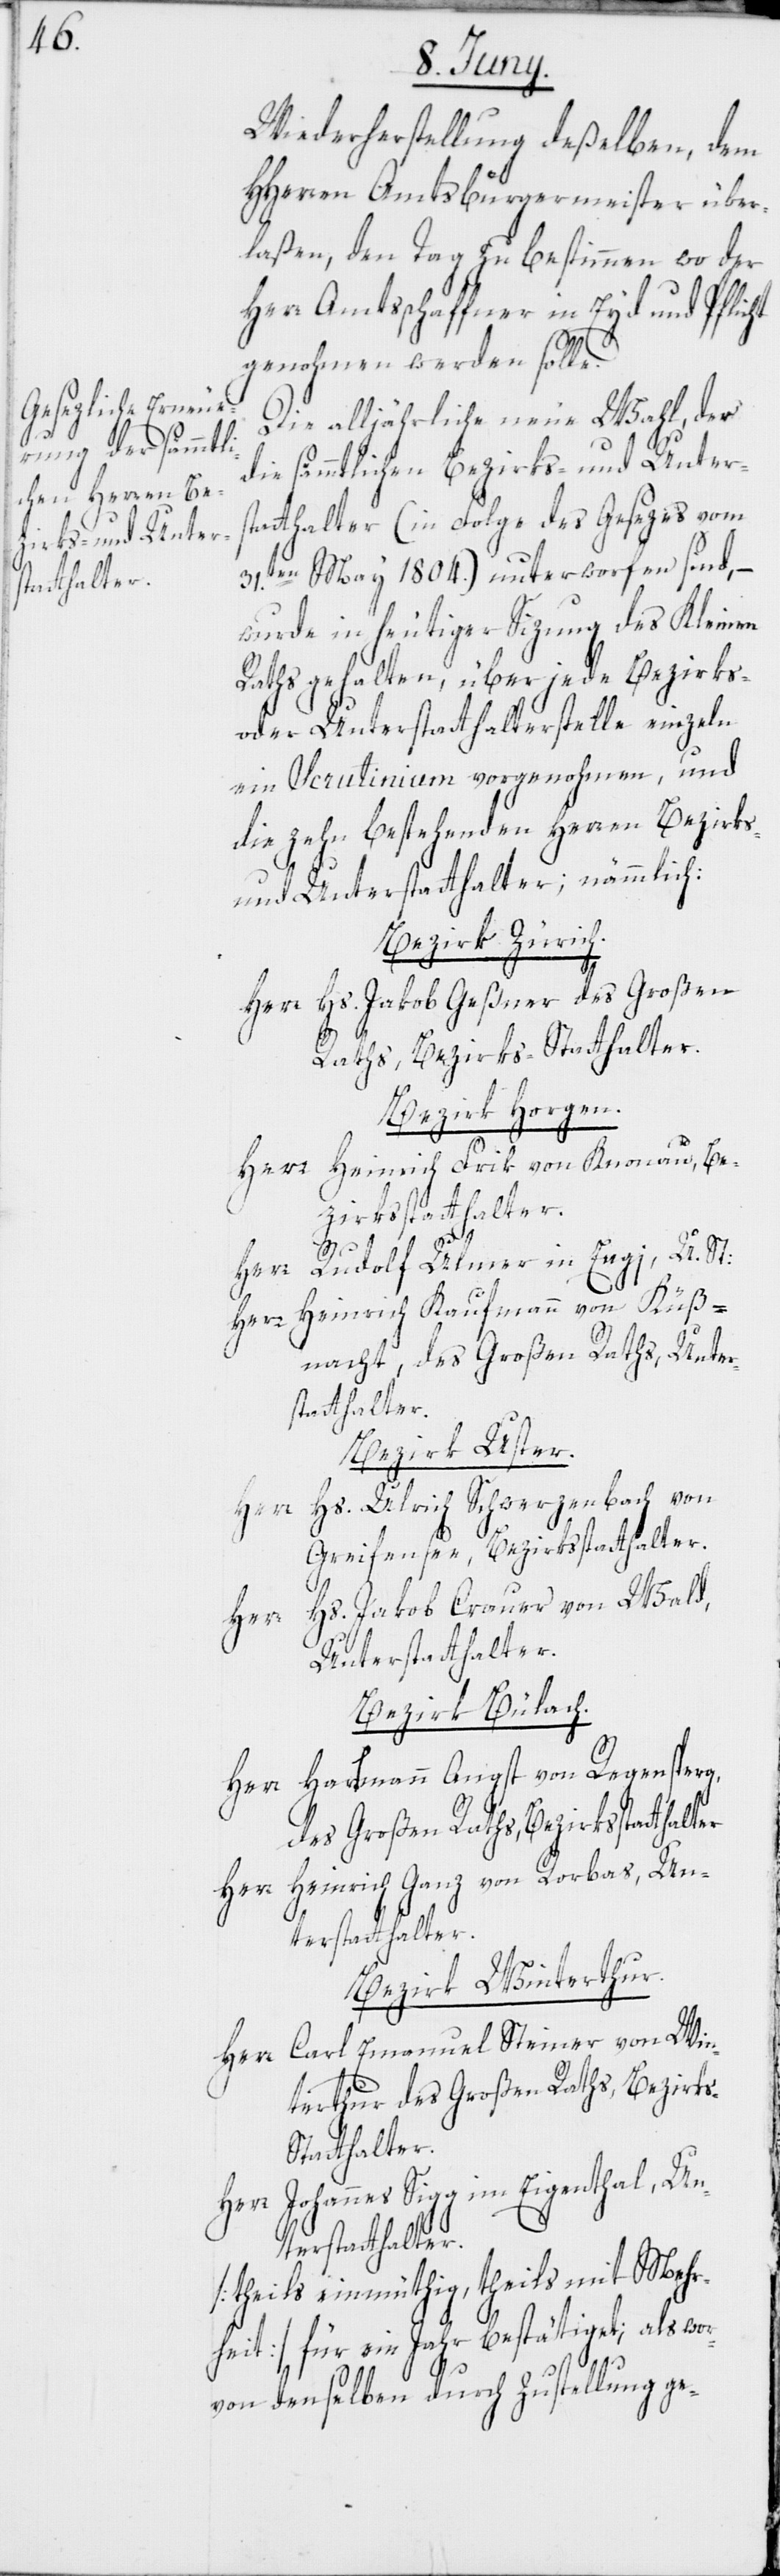
Wiederherstellung deßelben, dem
HHerren Amtsbürgermeister über¬
laßen, den Tag zu bestimmen wo der
Herr Amtsschaffner in Eyd und Pflicht
genohmen werden solle.
Die alljährliche neue Wahl, der
die sämmtlichen Bezirks- und Unter¬
statthalter (in Folge des Gesezes vom
31.ten May 1804.) unterworfen sind, –
wurde in heutiger Sizung des Kleinen
Raths gehalten, über jede Bezirks-
oder Unterstatthalterstelle einzeln
ein Scrutinium vorgenohmen, und
die zehn bestehenden Herren Bezirks-
und Unterstatthalter; nämmlich:
Bezirk Zürich.
Herr Hs. Jakob Geßner des Großen
Raths, Bezirks-Statthalter.
Bezirk Horgen.
Herr Heinrich Frik von Knonau, Be¬
zirksstatthalter.
Herr Rudolf Ulmer in Engi, U. St:
Herr Heinrich Kaufmann von Küß¬
nacht, des Großen Raths, Unter¬
statthalter.
Bezirk Uster.
Herr Hs. Ulrich Schwerzenbach von
Greifensee, Bezirksstatthalter.
Hs. Jakob Crauer von Wald,
Herr
Unterstatthalter.
Bezirk Bülach.
Herr Hartmann Angst von Regensperg,
des Großen Raths, Bezirkstatthalter
Herr Heinrich Ganz von Rorbas, Un¬
terstatthalter.
Bezirk Winterthur.
Herr Carl Emanuel Steiner von Win¬
terthur des Großen Raths, Bezirk¬
s-Statthalter.
Herr Johannes Sigg im Eigenthal, Un¬
terstatthalter.
[theils einmüthig, theils mit Mehr¬
heit] für ein Jahr bestätiget; als wor¬
von denselben durch Zustellung ge-